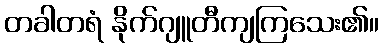
တခါတရံ နိုက်ဂျူတီကျကြသေး၏။